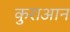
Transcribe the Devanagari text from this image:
कुराआन